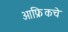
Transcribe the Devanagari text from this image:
आफ्रिकचे